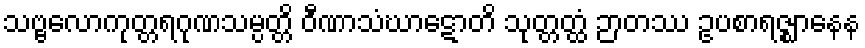
သဗ္ဗလောကုတ္တရဂုဏသမ္ပတ္တိ ဝီဏာသံဃာဋောတိ သုတ္တတ္ထံ ဉာတဿ ဥပစာရဇ္ဈာနေန